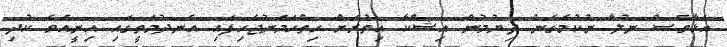
އަޅާވެސް ނުލާ ނުކުމެގެން ދިޔުމުން އިޝްކާ އިތުރަށް ހިތްހަމަނުޖެހިފައި އެނދުމަތީގައި އިނީއެވެ ކުދި